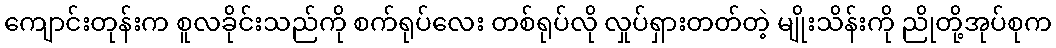
ကျောင်းတုန်းက စူလခိုင်းသည်ကို စက်ရုပ်လေး တစ်ရုပ်လို လှုပ်ရှားတတ်တဲ့ မျိုးသိန်းကို ညိုတို့အုပ်စုက